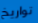
تواريخ